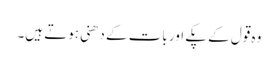
وہ قول کے پکے اور بات کے دھنی ہوتے ہیں۔